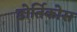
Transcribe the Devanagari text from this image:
डोर्तिकोस